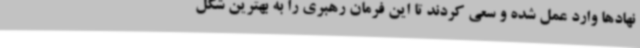
نهادها وارد عمل شده و سعی کردند تا این فرمان رهبری را به بهترین شکل